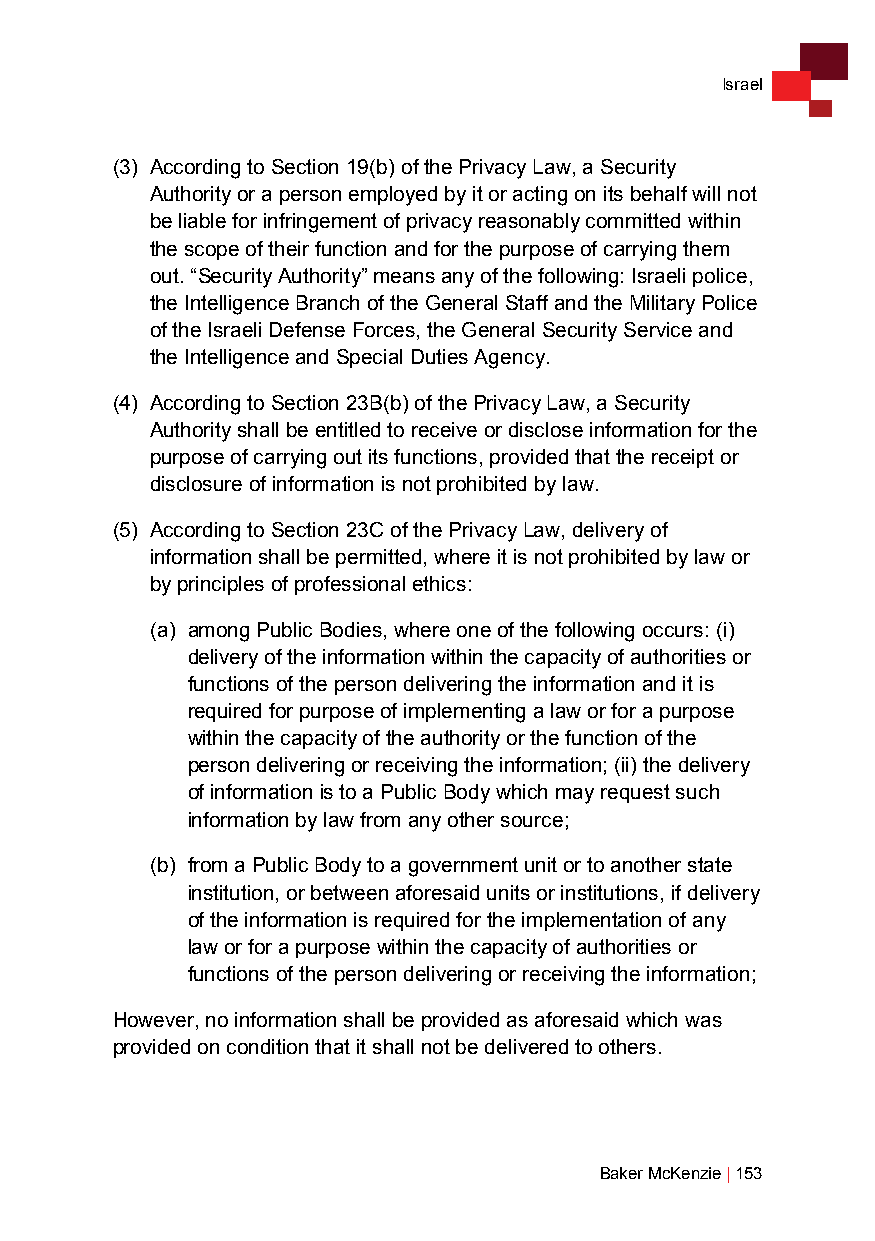
Israel
 (3) According to Section 19(b) of the Privacy Law, a Security
 Authority or a person employed by it or acting on its behalf will not
 be liable for infringement of privacy reasonably committed within
 the scope of their function and for the purpose of carrying them
 out. “Security Authority” means any of the following: Israeli police,
 the Intelligence Branch of the General Staff and the Military Police
 of the Israeli Defense Forces, the General Security Service and
 the Intelligence and Special Duties Agency.
 (4) According to Section 23B(b) of the Privacy Law, a Security
 Authority shall be entitled to receive or disclose information for the
 purpose of carrying out its functions, provided that the receipt or
 disclosure of information is not prohibited by law.
 (5) According to Section 23C of the Privacy Law, delivery of
 information shall be permitted, where it is not prohibited by law or
 by principles of professional ethics:
 (a) among Public Bodies, where one of the following occurs: (i)
 delivery of the information within the capacity of authorities or
 functions of the person delivering the information and it is
 required for purpose of implementing a law or for a purpose
 within the capacity of the authority or the function of the
 person delivering or receiving the information; (ii) the delivery
 of information is to a Public Body which may request such
 information by law from any other source;
 (b) from a Public Body to a government unit or to another state
 institution, or between aforesaid units or institutions, if delivery
 of the information is required for the implementation of any
 law or for a purpose within the capacity of authorities or
 functions of the person delivering or receiving the information;
 However, no information shall be provided as aforesaid which was
 provided on condition that it shall not be delivered to others.
 Baker McKenzie | 153